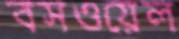
বসওয়েল